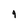
Character: 4